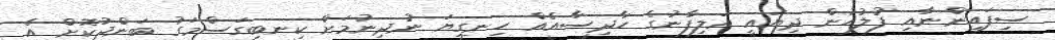
ސިފައިންނާއި ފުލުހުން ދިޔައީ އަލިފާނުގެ ހާދިސާއެއް ހިނގިޔަ ނުދިނުމަށް ކިނބިގަސްމަގު ބަންދުކޮށް އެ